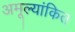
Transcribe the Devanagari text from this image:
अमूल्यांकित